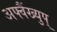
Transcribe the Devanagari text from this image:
अफ्वैंख्युप्